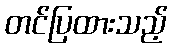
တင်ပြထားသည့်